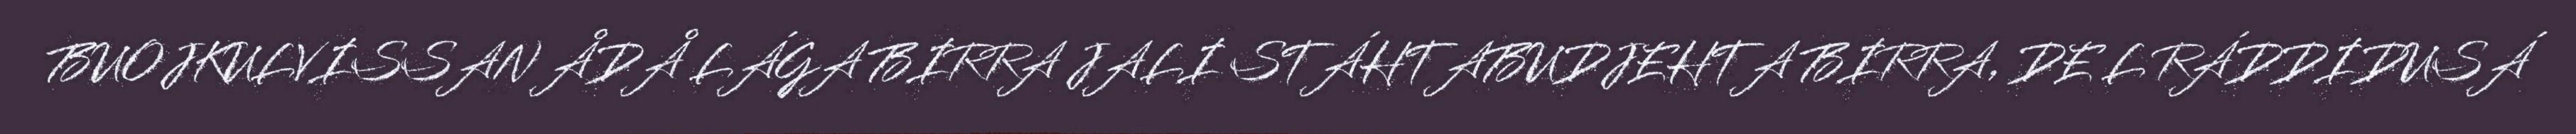
BUOJKULVISSAN ÅDÅ LÁGA BIRRA JALI STÁHTABUDJEHTA BIRRA, DE L RÁDDIDUSÁ